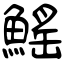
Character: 鰩